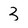
Character: 3